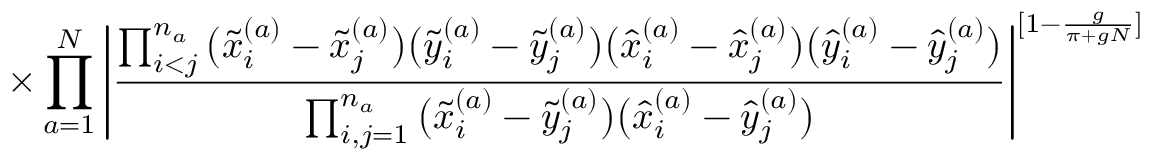
\times \prod _ { a = 1 } ^ { N } \Bigg | \frac { \prod _ { i < j } ^ { n _ { a } } \big ( \tilde { x } _ { i } ^ { ( a ) } - \tilde { x } _ { j } ^ { ( a ) } \big ) \big ( \tilde { y } _ { i } ^ { ( a ) } - \tilde { y } _ { j } ^ { ( a ) } \big ) \big ( \hat { x } _ { i } ^ { ( a ) } - \hat { x } _ { j } ^ { ( a ) } \big ) \big ( \hat { y } _ { i } ^ { ( a ) } - \hat { y } _ { j } ^ { ( a ) } \big ) } { \prod _ { i , j = 1 } ^ { n _ { a } } \big ( \tilde { x } _ { i } ^ { ( a ) } - \tilde { y } _ { j } ^ { ( a ) } \big ) \big ( \hat { x } _ { i } ^ { ( a ) } - \hat { y } _ { j } ^ { ( a ) } \big ) } \Bigg | ^ { [ 1 - \frac { g } { \pi + g N } ] }